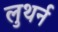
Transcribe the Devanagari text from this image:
लुथर्न